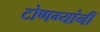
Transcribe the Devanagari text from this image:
टोणग्यांनीं